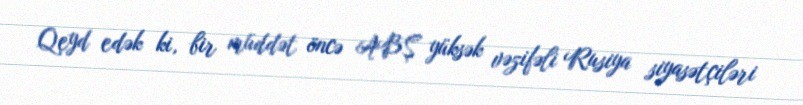
Qeyd edək ki, bir müddət öncə ABŞ yüksək vəzifəli Rusiya siyasətçiləri